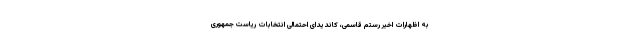
به اظهارات اخیر رستم قاسمی، کاندیدای احتمالی انتخابات ریاست جمهوری